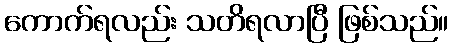
ကောက်ရလည်း သတိရလာပြီ ဖြစ်သည်။